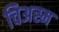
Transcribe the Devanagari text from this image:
चिअस्म